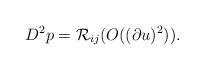
LaTeX: \begin{align*} D^2 p = \mathcal R_{ij} ( O((\partial u)^2)).\end{align*}